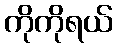
ကိုကိုရယ်